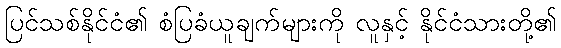
ပြင်သစ်နိုင်ငံ၏ စံပြခံယူချက်များကို လူနှင့် နိုင်ငံသားတို့၏